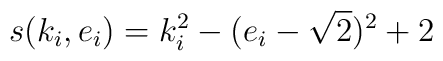
s (k_i,e_i)=k_i^2 -(e_i - \sqrt{2})^2 + 2